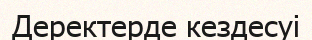
Дерeктерде кездесуі